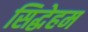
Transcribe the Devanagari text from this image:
सिद्धेहम